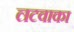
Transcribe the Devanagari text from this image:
लटवाका